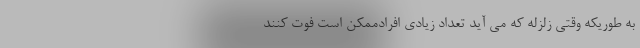
به طوریکه وقتی زلزله که می آید تعداد زیادی افرادممکن است فوت کنند